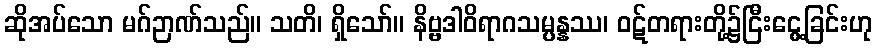
ဆိုအပ်သော မဂ်ဉာဏ်သည်။ သတိ၊ ရှိသော်။ နိဗ္ဗဒါဝိရာဂသမ္ပန္နဿ၊ ဝဋ်တရားတို့၌ငြီးငွေ့ခြင်းဟု